Indian journal of veterinary science and animal husbandry - Volume 13,
Year: 1943
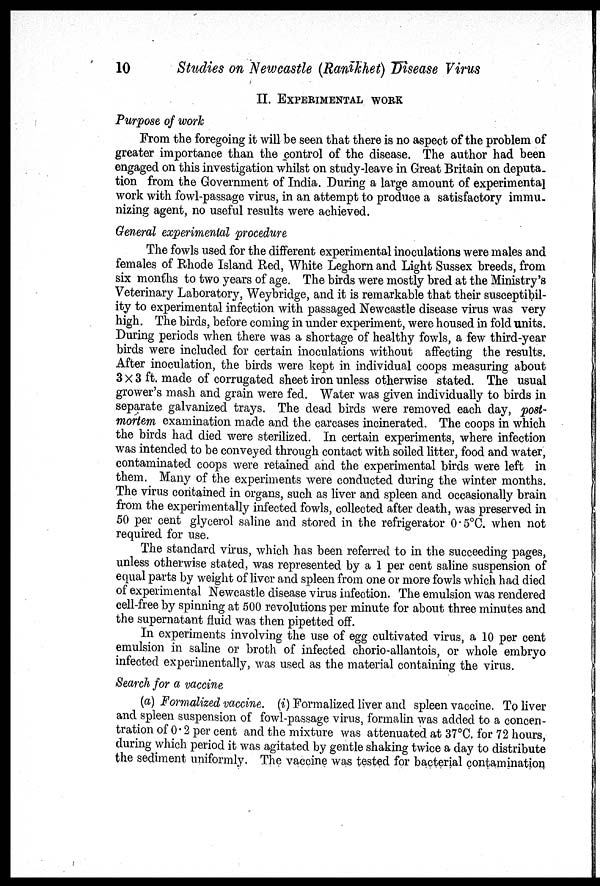
10
Studies on Newcastle (Ranikhet) Disease Virus
II. EXPERIMENTAL WORK
Purpose of work
From the foregoing it will be seen that there is no aspect of the problem of
greater importance than the control of the disease. The author had been
engaged on this investigation whilst on study-leave in Great Britain on deputa¬
tion from the Government of India. During a large amount of experimental
work with fowl-passage virus, in an attempt to produce a satisfactory immu-
nizing agent, no useful results were achieved.
General experimental procedure
The fowls used for the different experimental inoculations were males and
females of Rhode Island Red, White Leghorn and Light Sussex breeds, from
six months to two years of age. The birds were mostly bred at the Ministry's
Veterinary Laboratory, Weybridge, and it is remarkable that their susceptibil-
ity to experimental infection with passaged Newcastle disease virus was very
high. The birds, before coming in under experiment, were housed in fold units.
During periods when there was a shortage of healthy fowls, a few third-year
birds were included for certain inoculations without affecting the results.
After inoculation, the birds were kept in individual coops measuring about
3 × 3 ft. made of corrugated sheet iron unless otherwise stated. The usual
grower's mash and grain were fed. Water was given individually to birds in
separate galvanized trays. The dead birds were removed each day, post-
mortem examination made and the carcases incinerated. The coops in which
the birds had died were sterilized. In certain experiments, where infection
was intended to be conveyed through contact with soiled litter, food and water,
contaminated coops were retained and the experimental birds were left in
them. Many of the experiments were conducted during the winter months.
The virus contained in organs, such as liver and spleen and occasionally brain
from the experimentally infected fowls, collected after death, was preserved in
50 per cent glycerol saline and stored in the refrigerator 0.5°C. when not
required for use.
The standard virus, which has been referred to in the succeeding pages,
unless otherwise stated, was represented by a 1 per cent saline suspension of
equal parts by weight of liver and spleen from one or more fowls which had died
of experimental Newcastle disease virus infection. The emulsion was rendered
cell-free by spinning at 500 revolutions per minute for about three minutes and
the supernatant fluid was then pipetted off.
In experiments involving the use of egg cultivated virus, a 10 per cent
emulsion in saline or broth of infected chorio-allantois, or whole embryo
infected experimentally, was used as the material containing the virus.
Search for a vaccine
(a) Formalized vaccine. (i) Formalized liver and spleen vaccine. To liver
and spleen suspension of fowl-passage virus, formalin was added to a concen-
tration of 0.2 per cent and the mixture was attenuated at 37°C. for 72 hours,
during which period it was agitated by gentle shaking twice a day to distribute
the sediment uniformly. The vaccine was tested for bacterial contamination